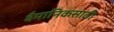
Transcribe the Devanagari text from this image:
वैमानिकसाठी